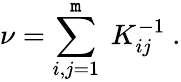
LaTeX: \nu=\sum_{i,j=1}^{\mathtt{m}}\ K_{ij}^{-1}\ .